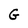
Character: G